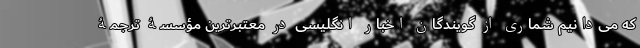
که می‌دانیم شماری از گویندگان اخبار انگلیسی در معتبرترین مؤسسۀ ترجمۀ